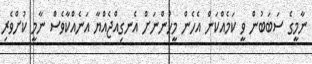
ނާމީގެ ސަބަބުން ވީ ކަމެއްކަން އެހެން މީހުންނަށް އެނގިއްޖެއްޔާ އަނެއްކާވެސް ނާމީ ކުށްވެރި